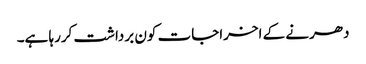
دھرنے کے اخراجات کون برداشت کررہا ہے۔